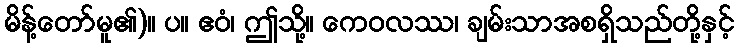
မိန့်တော်မူ၏)။ ပ။ ဧဝံ၊ ဤသို့။ ကေဝလဿ၊ ချမ်းသာအစရှိသည်တို့နှင့်